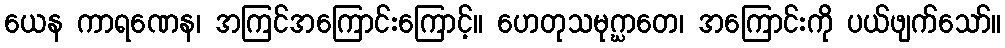
ယေန ကာရဏေန၊ အကြင်အကြောင်းကြောင့်။ ဟေတုသမုဂ္ဃာတေ၊ အကြောင်းကို ပယ်ဖျက်သော်။